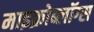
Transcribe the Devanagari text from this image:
माइक्रोब्लॉग्स